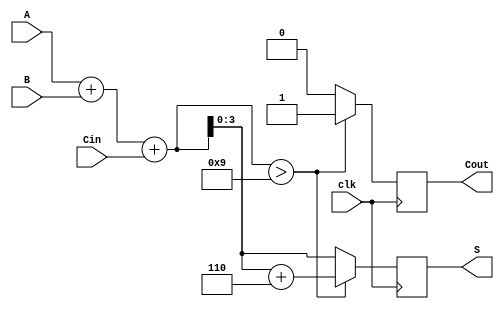
module BCD_Synchronous_Adder (
    input  wire [3:0] A,       // First BCD digit
    input  wire [3:0] B,       // Second BCD digit
    input  wire clk,           // Clock signal
    input  wire Cin,           // Carry-in signal
    output reg  [3:0] S,       // 4-bit BCD result
    output reg  Cout           // Carry-out signal
);

    reg [4:0] Sum;             // Intermediate sum (5 bits to capture overflow)

    // Synchronous operation on the rising edge of the clock
    always @(posedge clk) begin
        // Calculate the binary sum
        Sum = A + B + Cin;

        // Initialize outputs
        Cout = 1'b0;
        S = Sum[3:0];           // Take lower 4 bits of the sum

        // Check if correction is needed
        if (Sum > 5'd9) begin
            S = S + 4'b0110;    // Add correction value (6)
            Cout = 1'b1;        // Set carry-out
        end
    end

endmodule